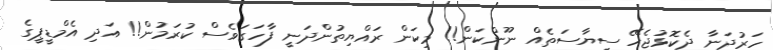
ހަރުދަނާ ދެކޮޅުޖެހޭ ސިޔާސަތެއް ނޫންކަން!! މިކަން ރައްޔިތުންދަނީ ފާހަގަވެސް ކުރަމުން!! އަދި އެމްޑީޕީގެ